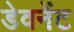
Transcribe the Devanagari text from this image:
डेवनेंट